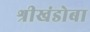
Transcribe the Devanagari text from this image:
श्रीखंडोबा